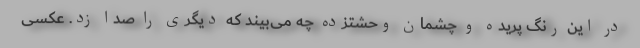
در این رنگ پریده و چشمان وحشتزده چه می‌بیند که دیگری را صدا زد. عکسی